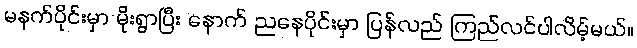
မနက်ပိုင်းမှာ မိုးရွာပြီး နောက် ညနေပိုင်းမှာ ပြန်လည် ကြည်လင်ပါလိမ့်မယ်။